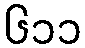
၆၁၁